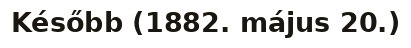
Később (1882. május 20.)